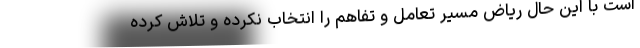
است با این حال ریاض مسیر تعامل و تفاهم را انتخاب نکرده و تلاش کرده